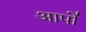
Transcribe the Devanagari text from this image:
आपो॑